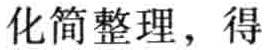
化简整理，得